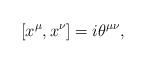
LaTeX: \begin{align*}[ x^{\mu},x^{\nu} ] =i\theta ^{\mu\nu}, \end{align*}